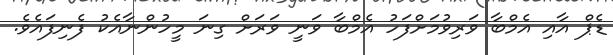
ޑެޕް އާއި އެމްބާ ވަރިވުމަށްފަހު އެމްބާ ވަނީ ވަރަށް ގިނަ މީހުންނާއެކު ފެނިފައެވެ.